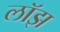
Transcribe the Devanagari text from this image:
लॉझ